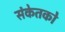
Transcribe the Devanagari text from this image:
संकेतको